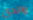
والدي